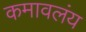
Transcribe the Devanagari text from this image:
कमावलंय